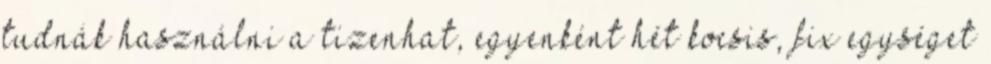
tudnák használni a tizenhat, egyenként hét kocsis, fix egységet